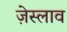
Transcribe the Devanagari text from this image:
ज़ेस्लाव